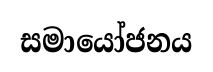
සමායෝජනය